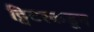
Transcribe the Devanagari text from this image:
ट्विटरकडून